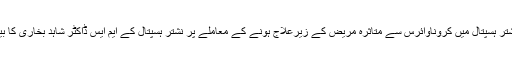
ملتان کے نشتر ہسپتال میں کروناوائرس سے متاثرہ مریض کے زیرعلاج ہونے کے معاملے پر نشتر ہسپتال کے ایم ایس ڈاکٹر شاہد بخاری کا بیان بھی آگیا۔